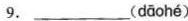
9.___( dāohé )